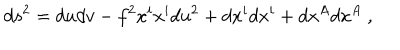
d s ^ { 2 } = d u d v - f ^ { 2 } x ^ { i } x ^ { i } d u ^ { 2 } + d x ^ { i } d x ^ { i } + d x ^ { A } d x ^ { A } ~ ,